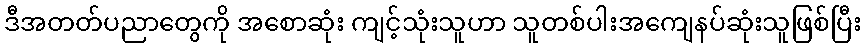
ဒီအတတ်ပညာတွေကို အစောဆုံး ကျင့်သုံးသူဟာ သူတစ်ပါးအကျေနပ်ဆုံးသူဖြစ်ပြီး